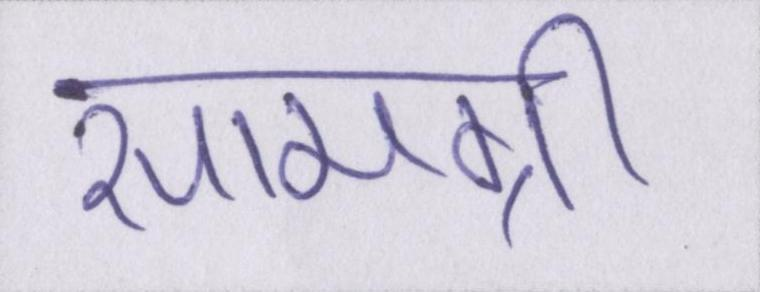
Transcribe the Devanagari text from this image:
सामग्री